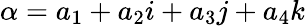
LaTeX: \alpha=a_{1}+a_{2}i+a_{3}j+a_{4}k